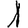
Digit: 1